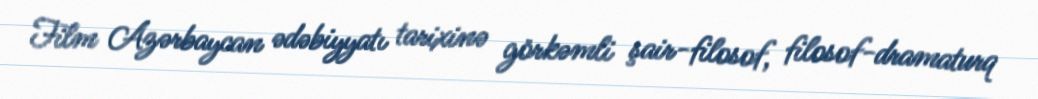
Film Azərbaycan ədəbiyyatı tarixinə görkəmli şair-filosof, filosof-dramaturq